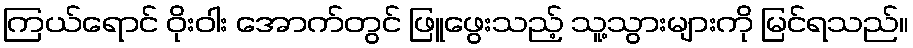
ကြယ်ရောင် ဝိုးဝါး အောက်တွင် ဖြူဖွေးသည့် သူ့သွားများကို မြင်ရသည်။